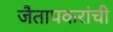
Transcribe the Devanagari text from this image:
जैतापकरांची